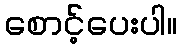
စောင့်ပေးပါ။